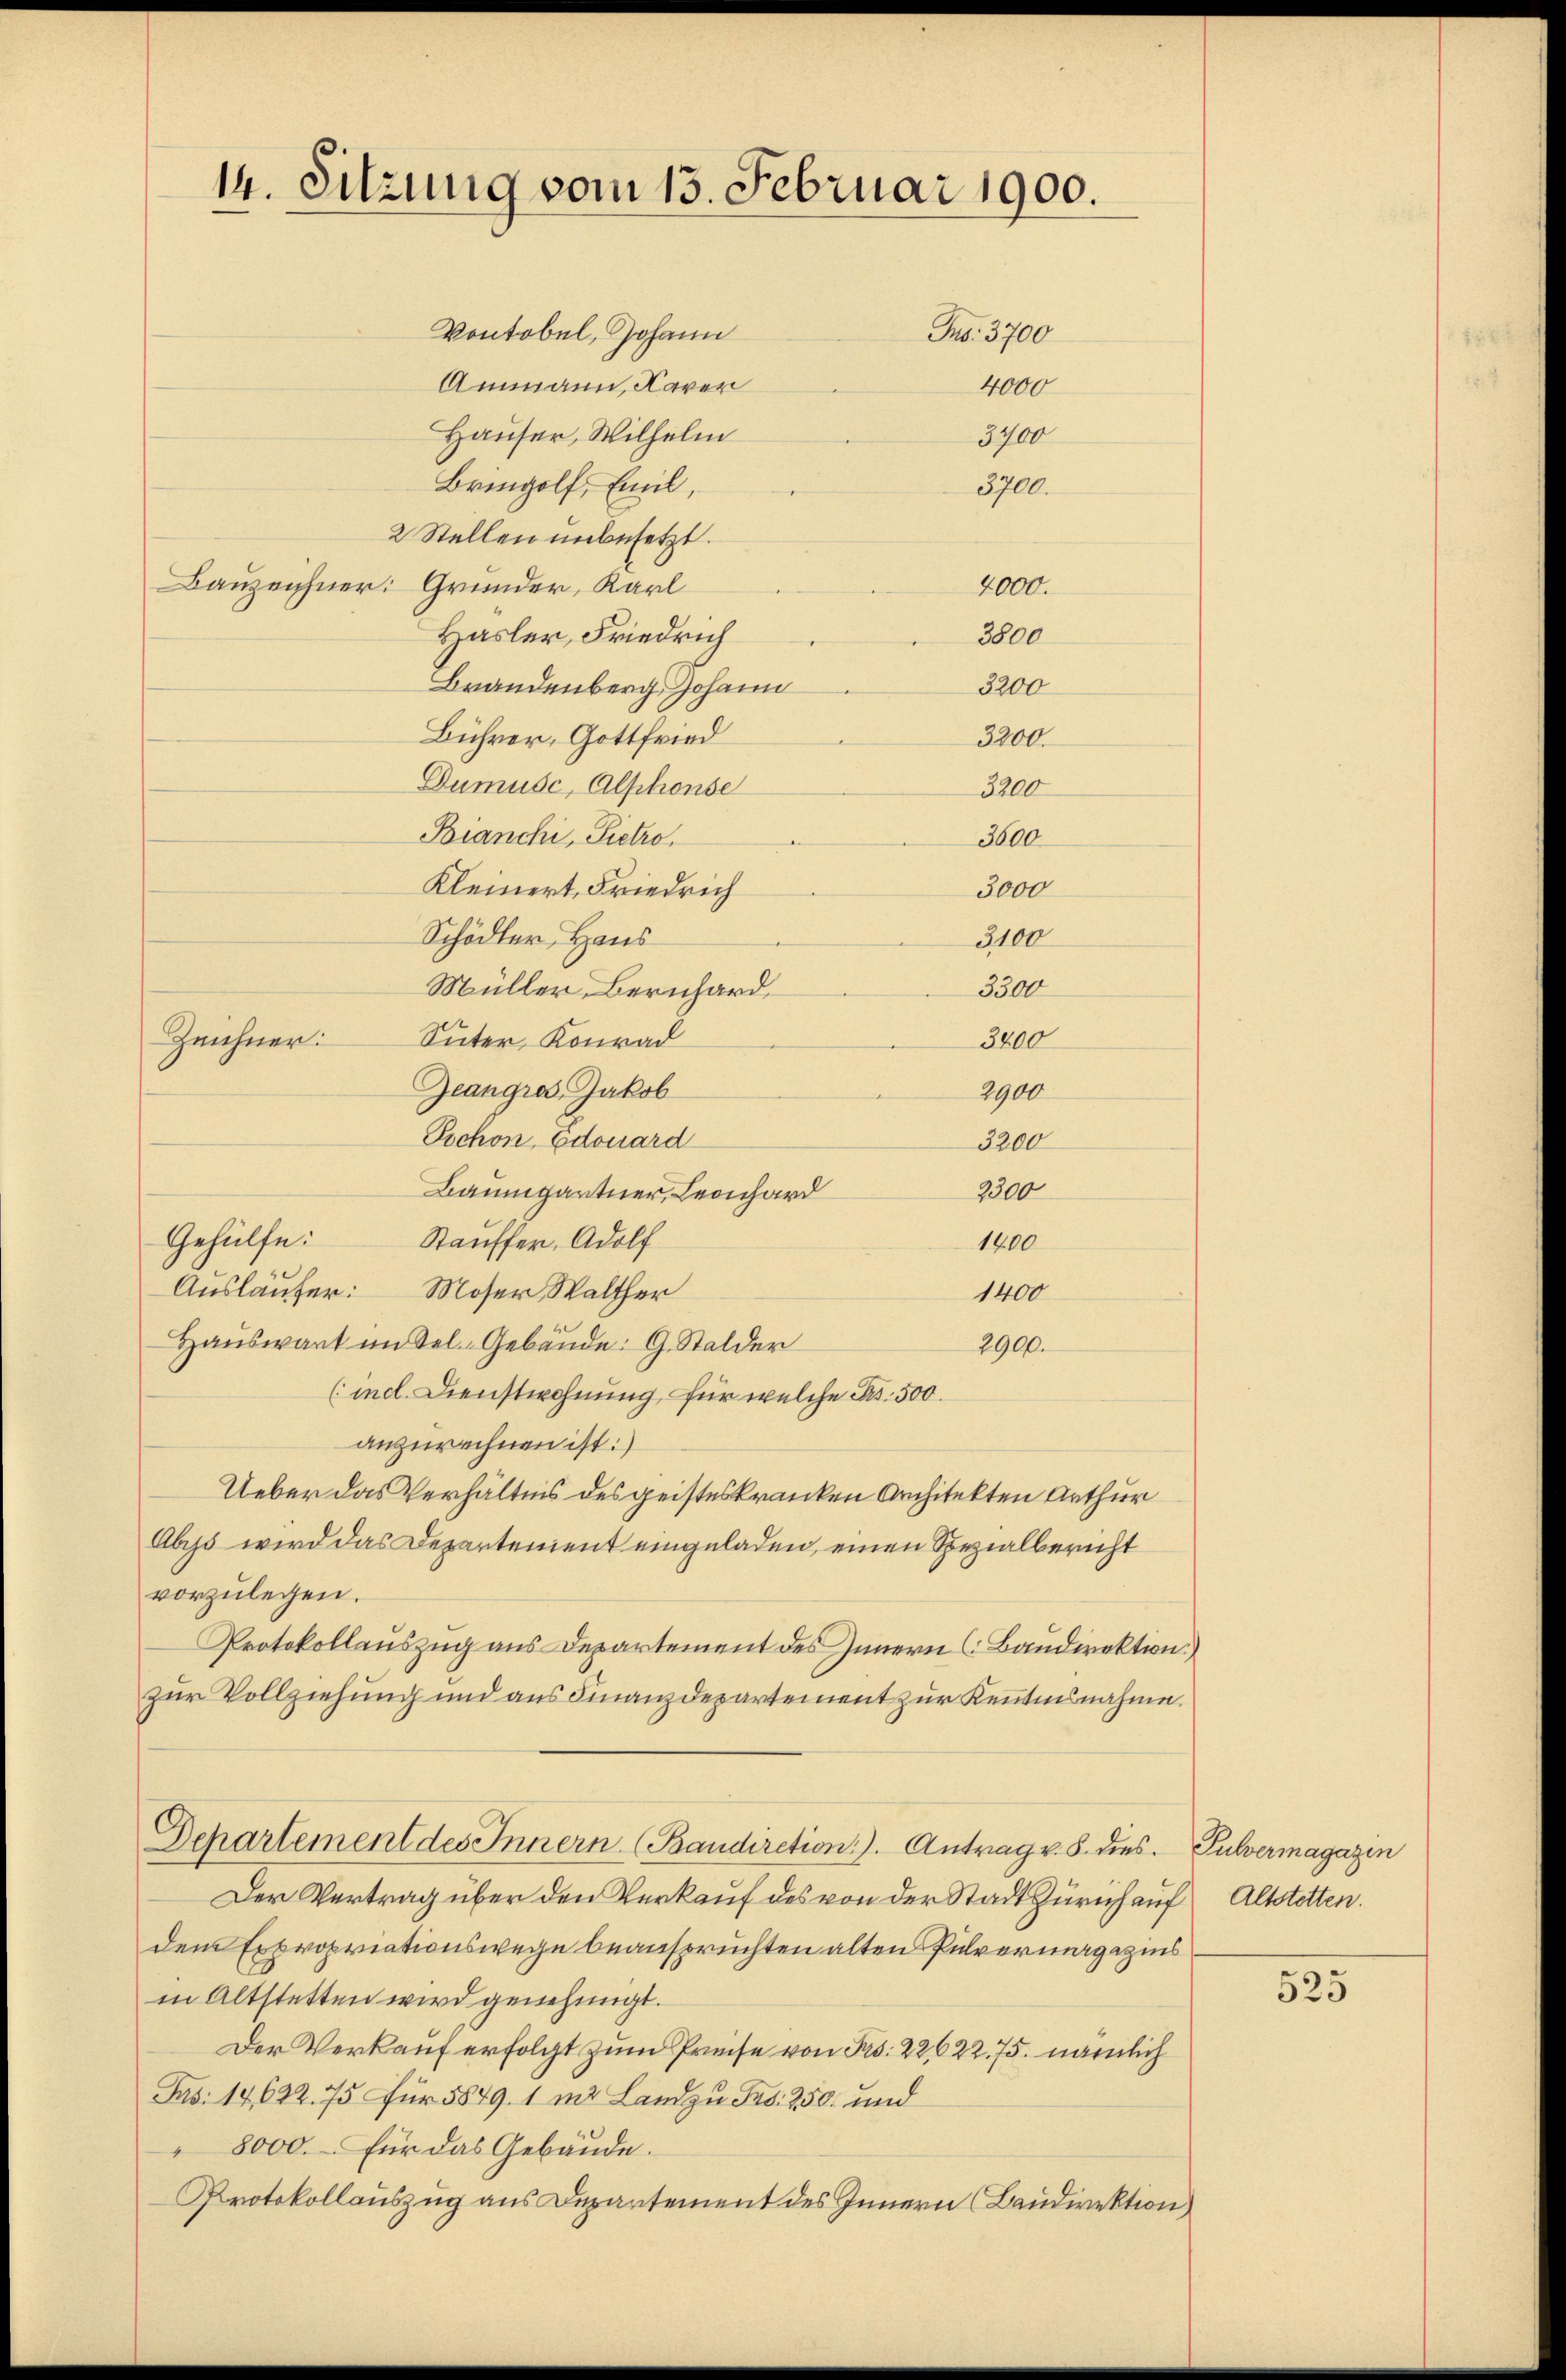
14. Sitzung vom 15. Februar 1900.

Vontobel, Johann
Jus: 3700
Ammann, Kaver
4000
Hauser, Wilhelm
3700
Bringolf, Emil,
8700.
2 Stellen unbesetzt.
Bauzeichner: Grunder, Karl
2000.
Hasler, Friedrich
3800
Brandenberg Johann
3200
Bührer, Gottfried
3200
Dumusc, Alphonse
3200
Bianchi, Pietro
3600
Kleinert, Friedrich
3000
Schödler Haus
3100
3300
Müller Bernhard,
Zeichner:
3200
Suter, Konrad
Zeangras Jakob
2900
Pochon, Edouard
3200
Baumgartner, Leonhard
2300
Gehülfe:
Stauffer, Adolf
1800
Ausläufer: Moser Walther
1400
Haŭswart im Sel--Gebäude. G. Stalder
2900.
(incl. Dienstwohnung, für welche Fr. 500.
anzurechnen ist:
Ueber das Verhältnis des geisteskranken Architekten Arthur
Abyss wird das Departement eingeladen, einen Spezialbericht
vorzulegen.
Protokollauszug aus Departement des Innern (Baudirektion)
zur Vollziehung und aus Finanzdepartement zur Kenntnisnahme.
Departement des Innern (Baudiretion). Antrag v. 8. dies. Pulvermagazin
Der Vertrag über den Verkauf des von der Stadt Zürich auf Altstetten.
dem Expropriationswege beansprüchten alten Pulvermagazins
in Altstetten wird genehmigt.
Der Verkauf erfolgt zum Preise von Frs. 2262275. nämlich
Jas: 14622. 75 für 5849. 1 in Land zu Frs. 250. und
" 8000. für das Gebäŭde.
Protokollauszug aus Departement des Innern (Baudirektion

525